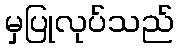
မှပြုလုပ်သည်